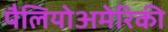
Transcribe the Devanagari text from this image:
पैलियोअमेरिकी